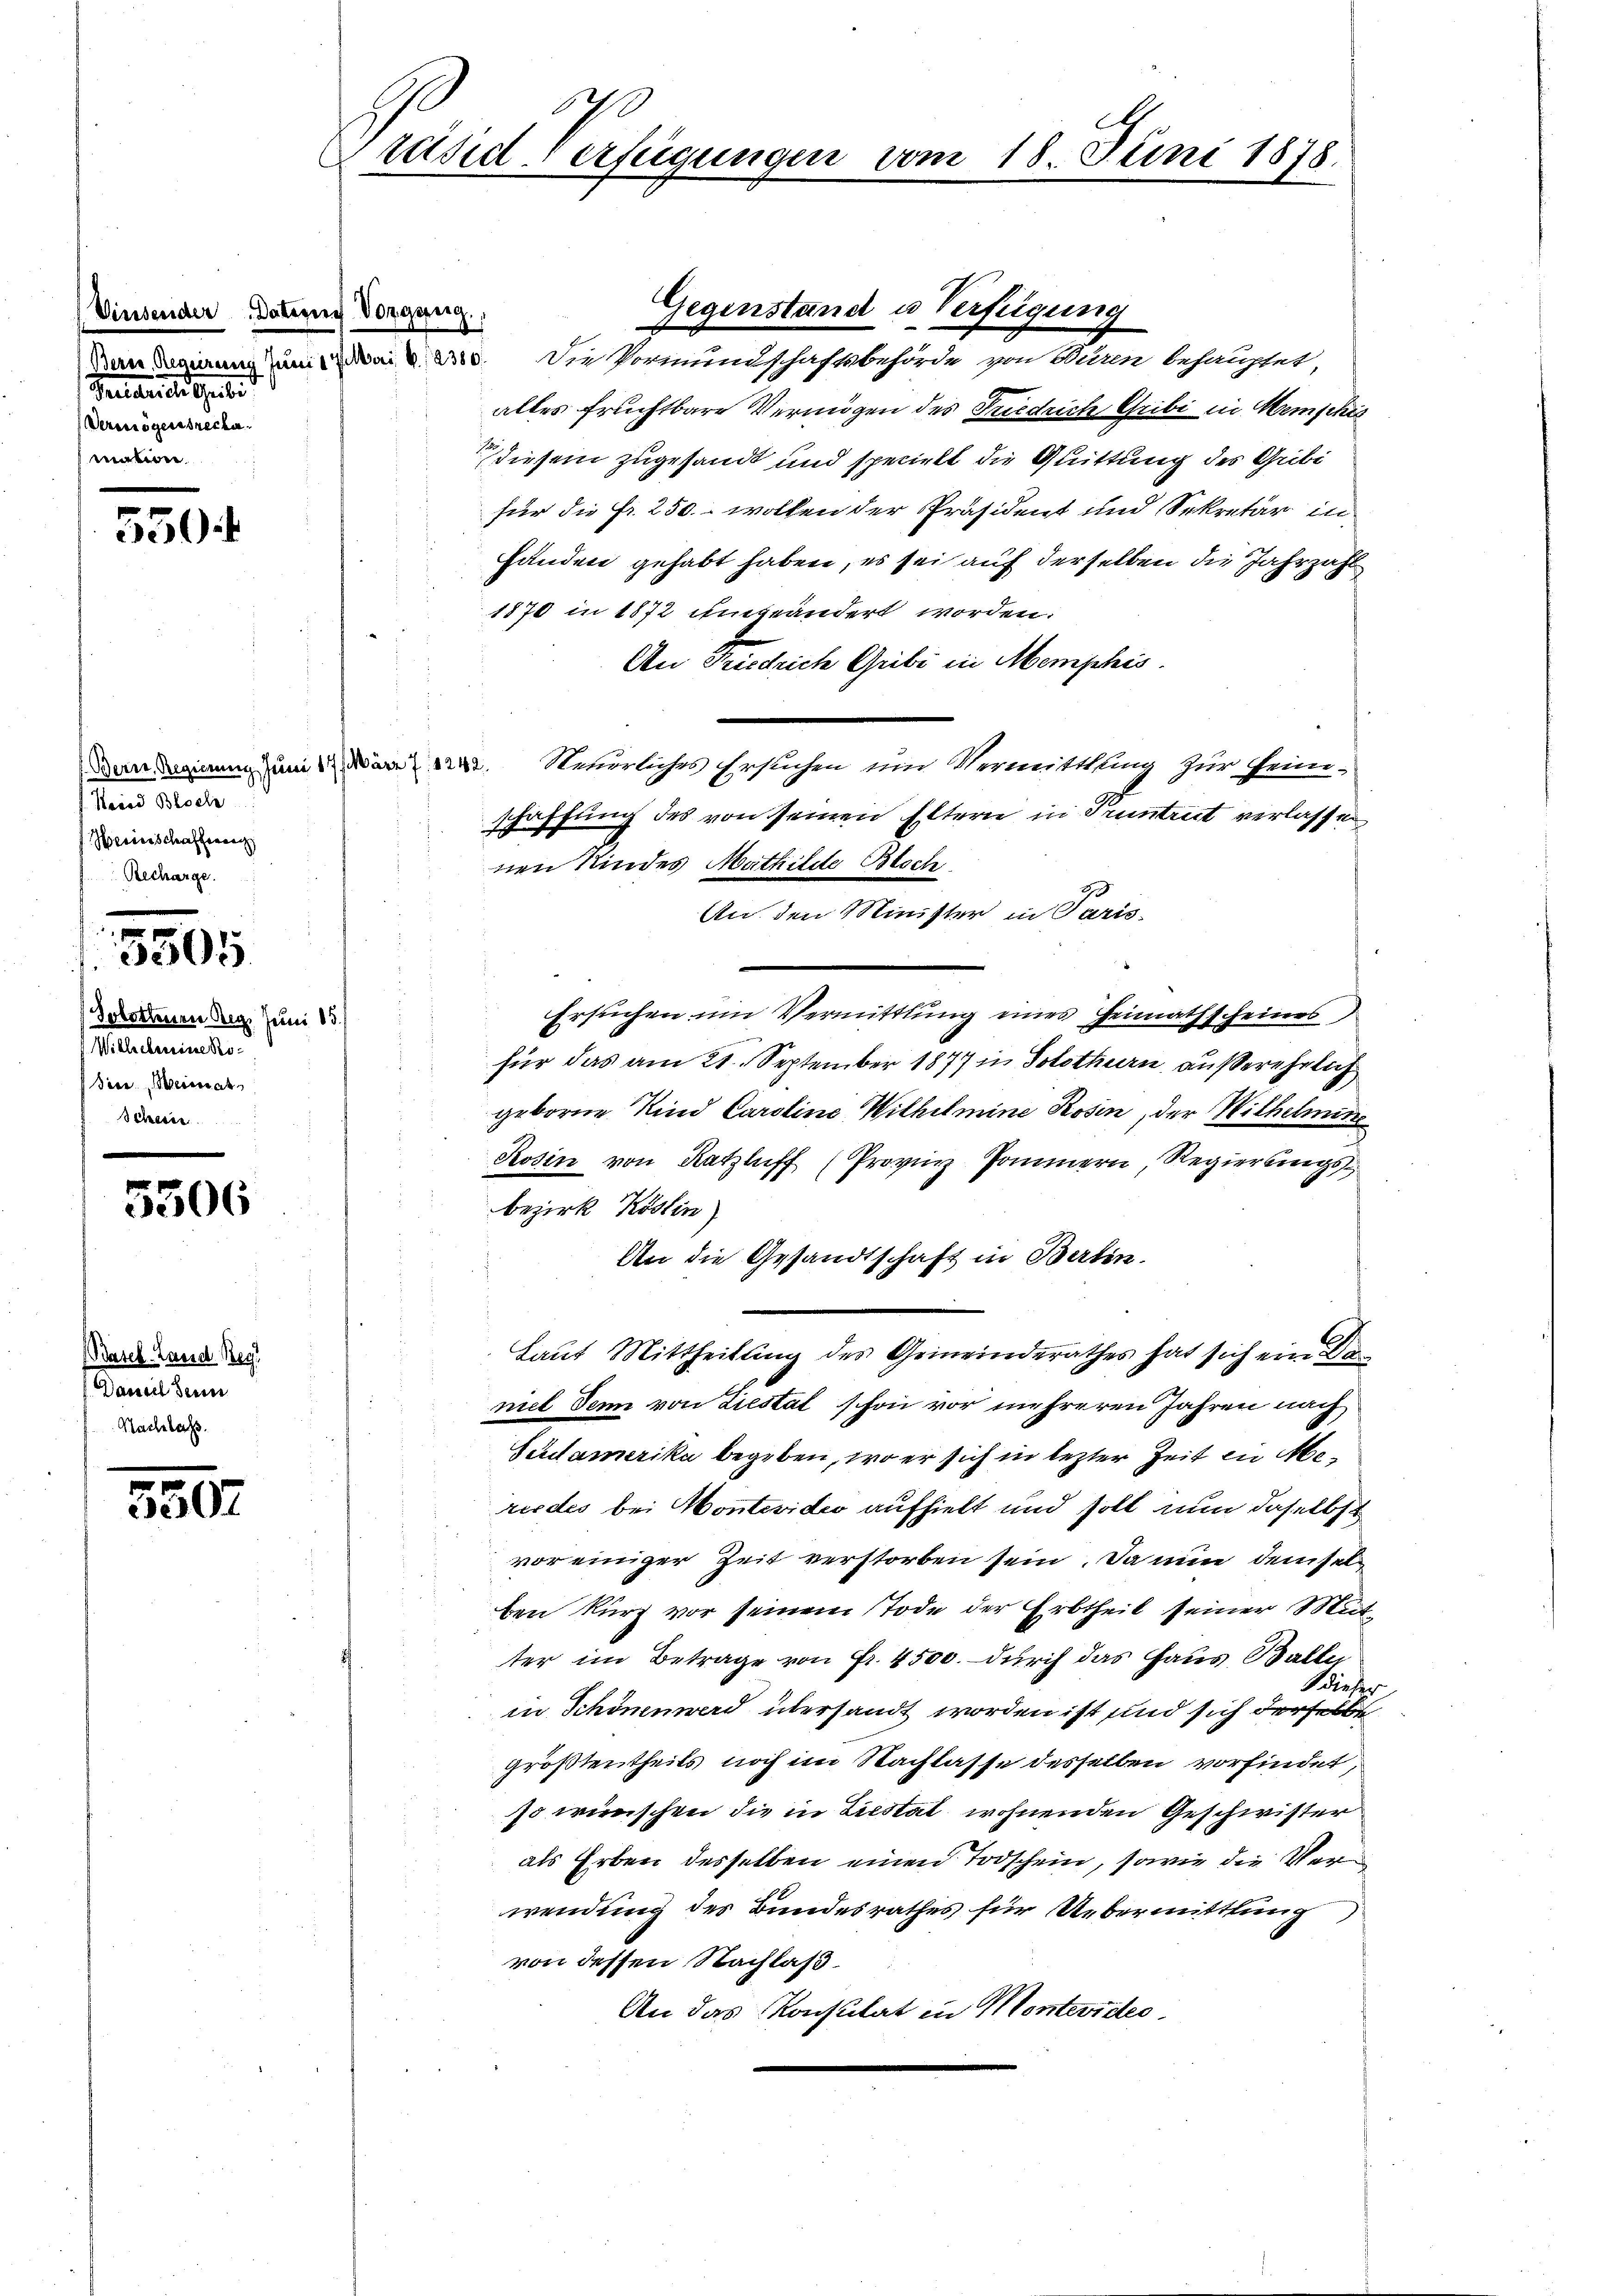
Vinsender Datein Vorgang,
Freeser der Seite
Verenögensreche
mation

5504

Mein Sache
Weinschaffenen
Recharge.

n
5

(Solottenen Reg. Juni 13.
eemande
Bice Beisat
Schever

5306

(Basel-Land Reg
Damit denn
Nachlass

350.

Präsid-Verfügungen vom 18. Juni 1878.

Gegenstand u Verfügung
Den Regierung zum Mai d. 230. Die Vormundschaftsbehörde von Bären behauptet,
alles fruchtbare Vermögen des Friedrich Gribi in Menschis
 diesem zugesandt und specielt die Quittung des Gribi
für die Fr. 250. wollen der Präsident und Sekretär in
fanden gehabt haben, es sei auf derselben die Jahrzahl
1870 in 1872 eingeändert worden.
An Friedrich Gribi in Memphis
Denseinen zum 22. Steuerliches Ersuchen um Vermittling zur Feineschaffung des von seinen Eltern in Pruntrict verlassen
nen Kindes Mathilde Bloch
An den Minister in Paris-
Ersuchen um Vermittlung eines Heimathscheines
für das am 21. September 1877 in Solothurn, außerehrlich
geborne Kind Caroline Wilhelmine Rosen, der Wilhelmine
Rosin von Katzluff (Provinz Pommern, Regierungs
bezirk Köslin
An die Gesandtschaft in Berlin.
Laut Mittheilung des Gemeinderathes hat sich ein De
niel denn von Liestal schon vor mehreren Jahren nach
Sedamerika begeben, wo er sich in lezter Zeit in Mererdes bei Montevideo aufhielt und soll nun daselbst
vor einiger Zeit verstorben sein. Da nun demselben kurz vor seinem Tode der Erbtheil seiner Mutter im Betrage von Fr. 4500. durch das Haus Balle
 dieser
in Schönenwerd übersandt worden ist sind sich derselbe
größtentheils noch im Nachlasse desselben vorfindet,
so wünschen die in Liestat wohnenden Geschwister
als Erben desselben einen Todschein, sowie die Verwendung des Bundesrathes für Uebermittlung
von dessen Nachlaß.
An das Konsulat in Montevideo